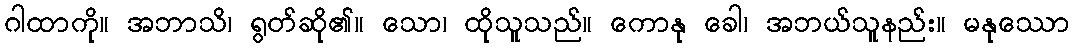
ဂါထာကို။ အဘာသိ၊ ရွတ်ဆို၏။ သော၊ ထိုသူသည်။ ကောနု ခေါ၊ အဘယ်သူနည်း။ မနုဿော